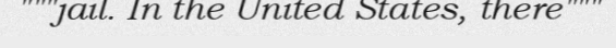
"""jail. In the United States, there"""